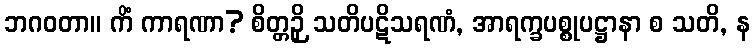
ဘဂဝတာ။ ကိံ ကာရဏာ? စိတ္တဉှိ သတိပဋိသရဏံ, အာရက္ခပစ္စုပဋ္ဌာနာ စ သတိ, န